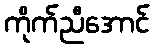
ကိုက်ညီအောင်